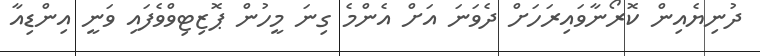
ދުނިޔެއިން ކޮރޯނާވައިރަހަށް ދެވަނަ އަށް އެންމެ ގިނަ މީހުން ޕޮޒިޓިވްވެފައި ވަނީ އިންޑިއާ